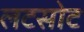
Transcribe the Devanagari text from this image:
लटसोट